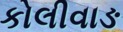
કોલીવાઙ